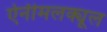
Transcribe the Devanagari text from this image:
ऐनीमलक्यूल